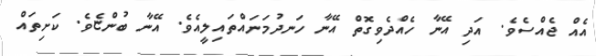
އެއް ޖެއްސެވެ. އަދި އޭނާ ހެއްދެވިގޮތް އޭނާ ހަނދުމަނައްތައިލީއެވެ. އޭނާ ބުންޏެވެ. ކަށިތައް